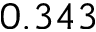
0 . 3 4 3